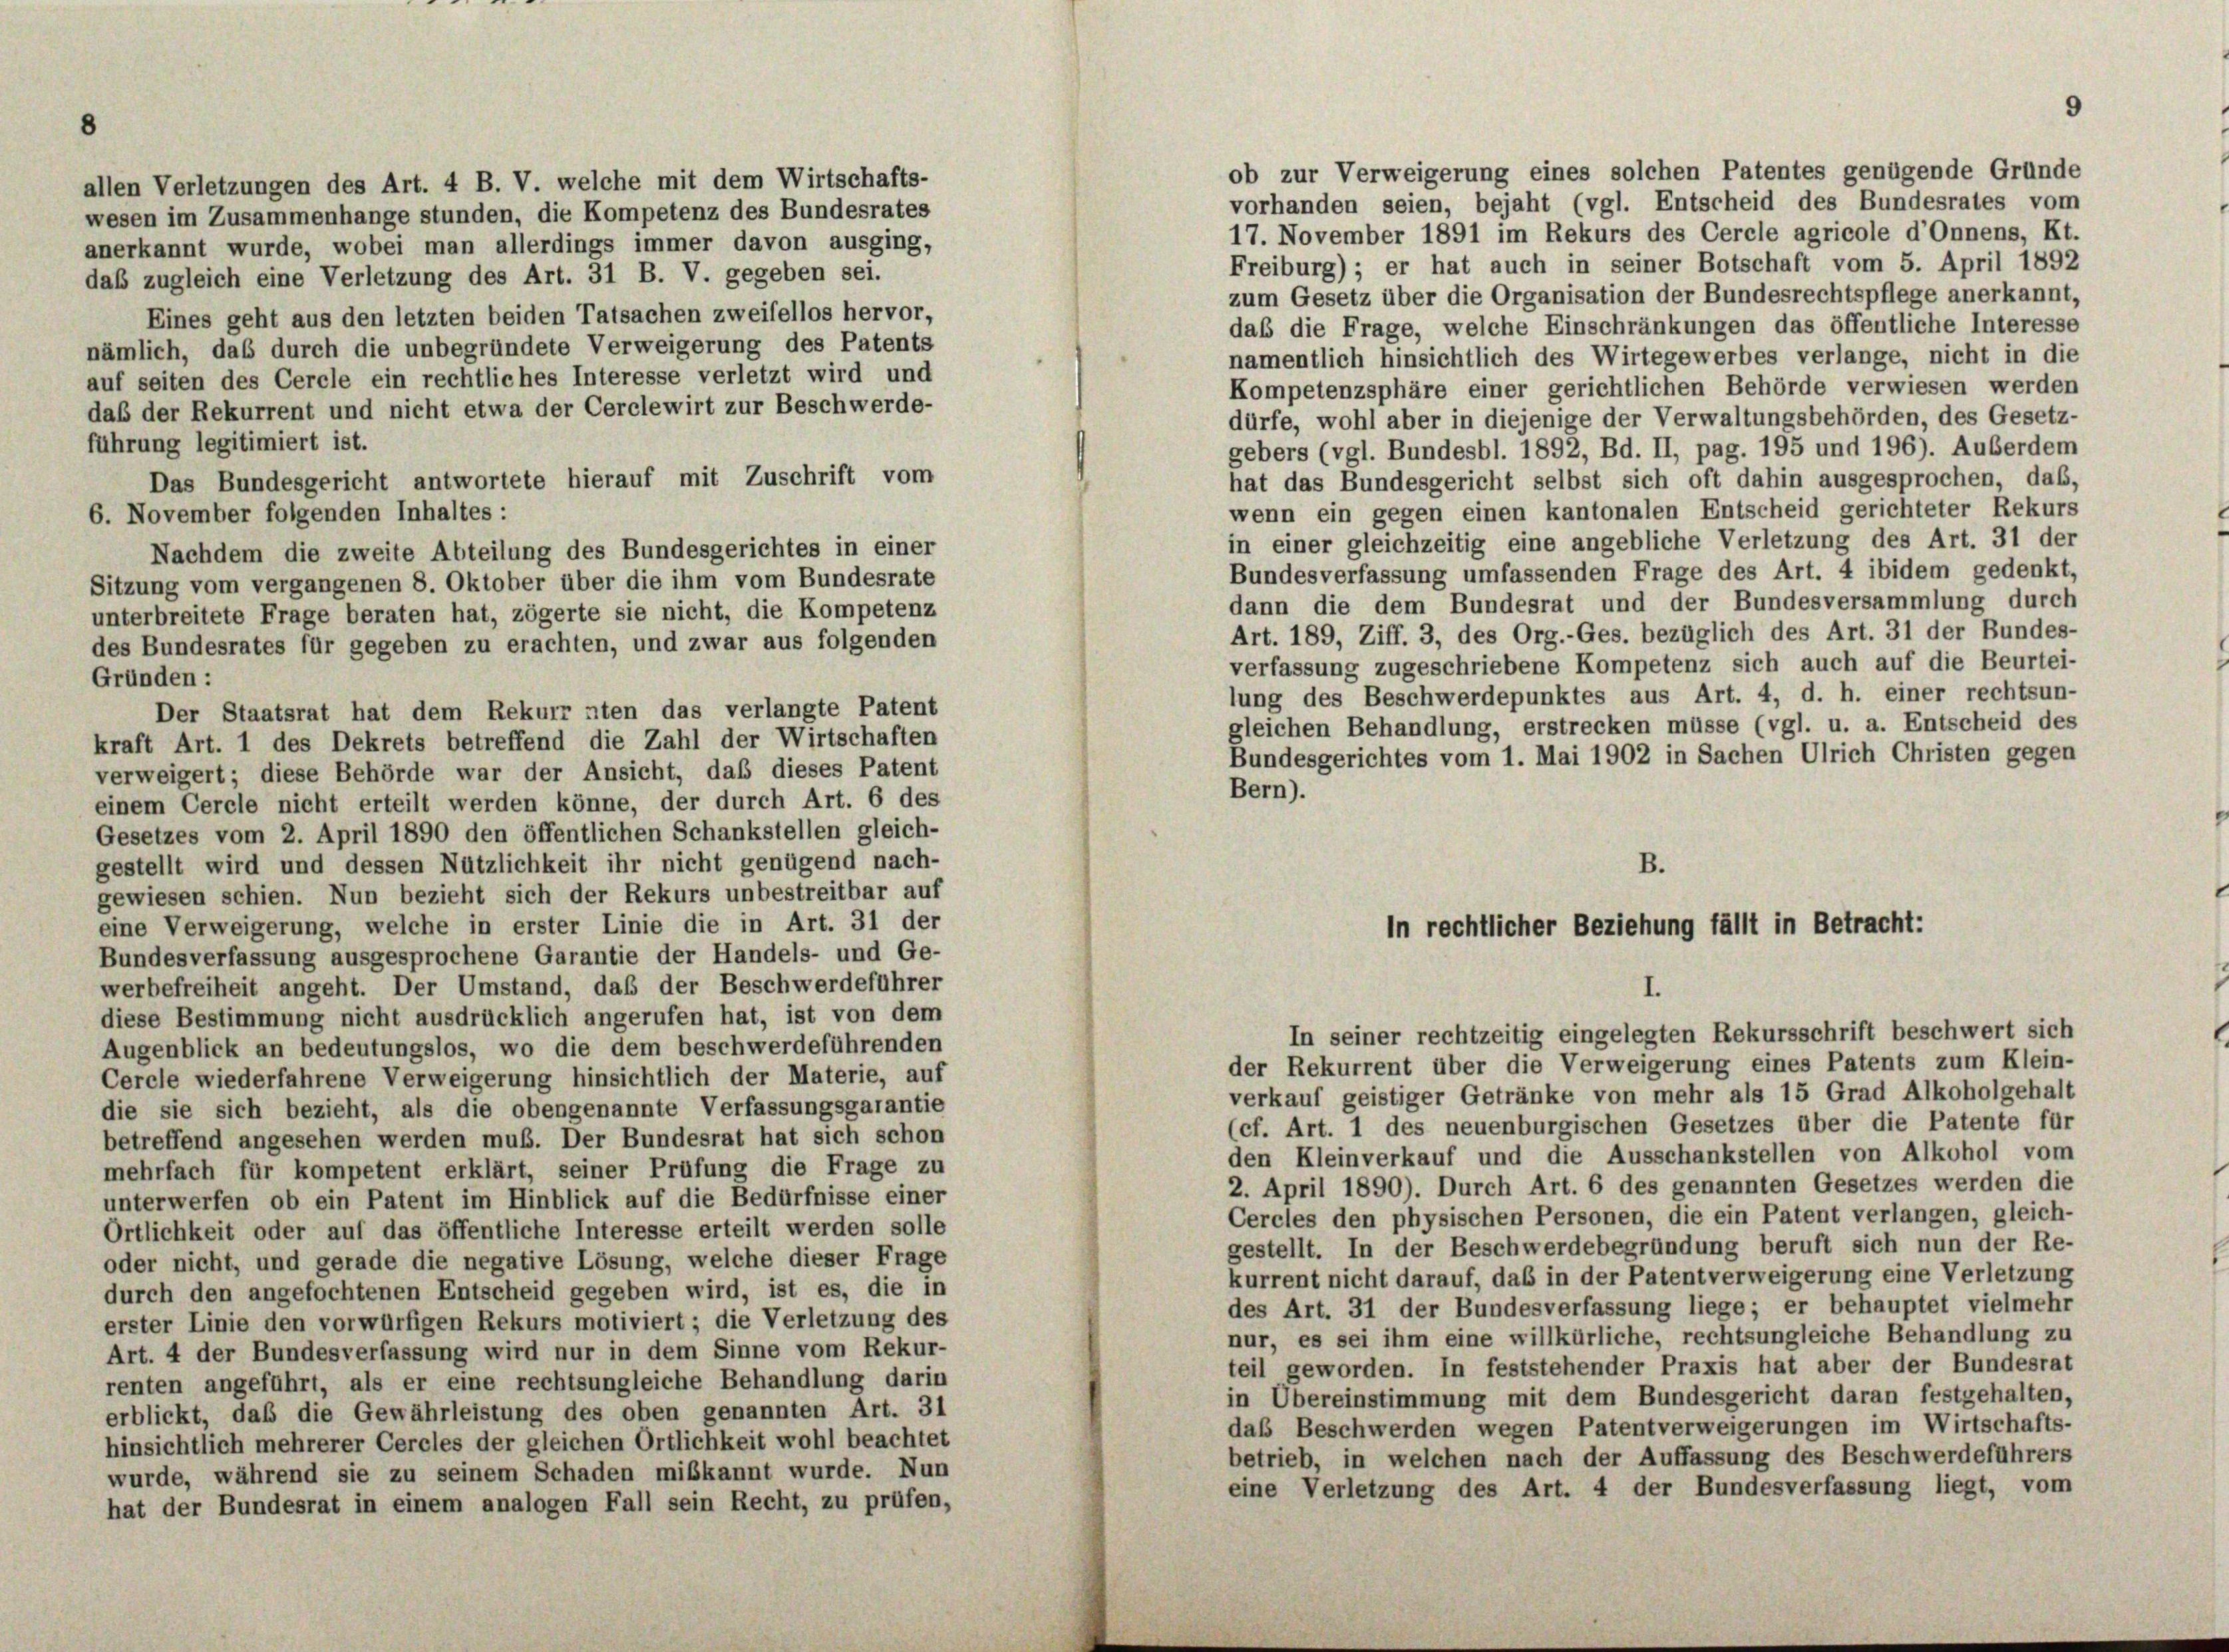
allen Verletzungen des Art. 4 B. V. welche mit dem Wirtschafts-

wesen im Zusammenhänge stunden, die Kompetenz des Bundesrates
anerkannt wurde, wobei man allerdings immer davon ausging,
daß zugleich eine Verletzung des Art. 31 B. V. gegeben sei.
Eines geht aus den letzten beiden Tatsachen zweifellos hervor,
nämlich, daß durch die unbegründete Verweigerung des Patents
auf seiten des Cercle ein rechtliches Interesse verletzt wird und
daß der Rekurrent und nicht etwa der Cerclewirt zur Beschwerde-
führung legitimiert ist.
Das Bundesgericht antwortete hierauf mit Zuschrift vom
6. November folgenden Inhaltes:
Nachdem die zweite Abteilung des Bundesgerichtes in einer
Sitzung vom vergangenen 8. Oktober über die ihm vom Bundesrate
unterbreitete Frage beraten hat, zögerte sie nicht, die Kompetenz
des Bundesrates für gegeben zu erachten, und zwar aus folgenden
Gründen:
Der Staatsrat hat dem Rekurr nten das verlangte Patent
kraft Art. 1 des Dekrets betreffend die Zahl der Wirtschaften
verweigert; diese Behörde war der Ansicht, daß dieses Patent
einem Cercle nicht erteilt werden könne, der durch Art. 6 des
Gesetzes vom 2. April 1890 den öffentlichen Schankstellen gleich-
gestellt wird und dessen Nützlichkeit ihr nicht genügend nach-
gewiesen schien. Nun bezieht sich der Rekurs unbestreitbar auf
eine Verweigerung, welche in erster Linie die in Art. 31 der
Bundesverfassung ausgesprochene Garantie der Handels- und Ge-
werbefreiheit angeht. Der Umstand, daß der Beschwerdeführer
diese Bestimmung nicht ausdrücklich angerufen hat, ist von dem
Augenblick an bedeutungslos, wo die dem beschwerdeführenden
Cercle wiederfahrene Verweigerung hinsichtlich der Materie, auf
die sie sich bezieht, als die obengenannte Verfassungsgarantie
betreffend angesehen werden muß. Der Bundesrat hat sich schon
mehrfach für kompetent erklärt, seiner Prüfung die Frage zu
unterwerfen ob ein Patent im Hinblick auf die Bedürfnisse einer
Ortlichkeit oder auf das öffentliche Interesse erteilt werden solle
oder nicht, und gerade die negative Lösung, welche dieser Frage
durch den angefochtenen Entscheid gegeben wird, ist es, die in
erster Linie den vorwürfigen Rekurs motiviert; die Verletzung des
Art. 4 der Bundesverfassung wird nur in dem Sinne vom Rekur-
renten angeführt, als er eine rechtsungleiche Behandlung darin
erblickt, das die Gewährleistung des oben genannten Art. 31
hinsichtlich mehrerer Cercles der gleichen Ortlichkeit wohl beachtet
wurde, während sie zu seinem Schaden mißkannt wurde. Nun
hat der Bundesrat in einem analogen Fall sein Recht, zu prüfen,

17. November 1891 im Rekurs des Cercle agricole d’Onnens, Kt.
Freiburg) ; er hat auch in seiner Botschaft vom 5. April 1892
zum Gesetz über die Organisation der Bundesrechtspflege anerkannt,
daß die Frage, welche Einschränkungen das öffentliche Interesse
namentlich hinsichtlich des Wirtegewerbes verlange, nicht in die
Kompetenzsphäre einer gerichtlichen Behörde verwiesen werden
dürfe, wohl aber in diejenige der Verwaltungsbehörden, des Gesetz-
gebers (vgl. Bundesbl. 1892, Bd. II, pag. 195 und 196). Auberdem
hat das Bundesgericht selbst sich oft dahin ausgesprochen, das,
wenn ein gegen einen kantonalen Entscheid gerichteter Rekurs
in einer gleichzeitig eine angebliche Verletzung des Art. 31 der
Bundesverfassung umfassenden Frage des Art. 4 ibidem gedenkt,
dann die dem Bundesrat und der Bundesversammlung durch
Art. 189, Ziff. 3, des Org.-Ges. bezüglich des Art. 31 der Bundes-
verfassung zugeschriebene Kompetenz sich auch auf die Beurtei-
lung des Beschwerdepunktes aus Art. 4, d. h. einer rechtsun-
gleichen Behandlung, erstrecken müsse (vgl. u. a. Entscheid des
Bundesgerichtes vom 1. Mai 1902 in Sachen Ulrich Christen gegen
Bern).
B.
in rechtlicher Beziehung fällt in Betracht:
I.
In seiner rechtzeitig eingelegten Rekursschrift beschwert sich
der Rekurrent über die Verweigerung eines Patents zum Klein-
verkauf geistiger Getränke von mehr als 15 Grad Alkoholgehalt
(cf. Art. 1 des neuenburgischen Gesetzes über die Patente für
den Kleinverkauf und die Ausschankstellen von Alkohol vom
2. April 1890). Durch Art. 6 des genannten Gesetzes werden die
Cercles den physischen Personen, die ein Patent verlangen, gleich-
gestellt. In der Beschwerdebegründung beruft sich nun der Re-
kurrent nicht darauf, das in der Patentverweigerung eine Verletzung
des Art. 31 der Bundesverfassung liege; er behauptet vielmehr
nur, es sei ihm eine willkürliche, rechtsungleiche Behandlung zu
teil geworden. In feststehender Praxis hat aber der Bundesrat
in Übereinstimmung mit dem Bundesgericht daran festgehalten,
das Beschwerden wegen Patentverweigerungen im Wirtschafts-
betrieb, in welchen nach der Auffassung des Beschwerdeführers
eine Verletzung des Art. 4 der Bundesverfassung liegt, vom

ob zur Verweigerung eines solchen Patentes genügende Gründe
vorhanden seien, bejaht (vgl. Entscheid des Bundesrates vom